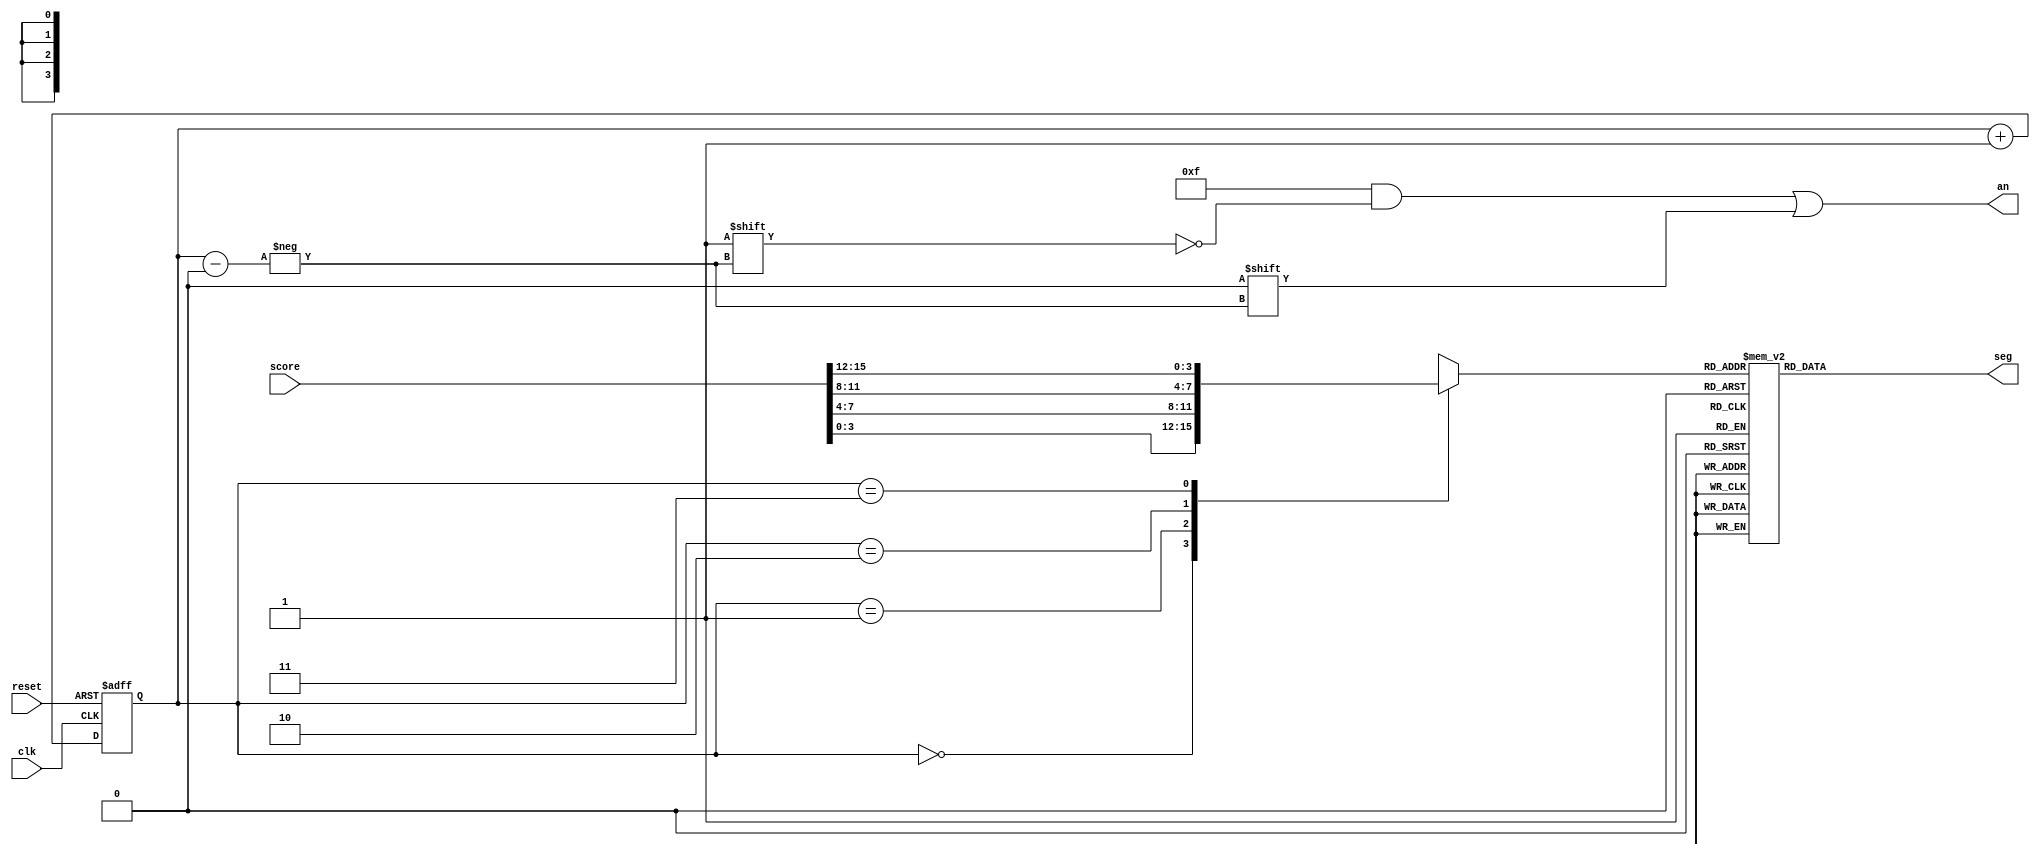
module score_display(
    input clk,
    input reset,
    input [15:0] score,
    output reg [3:0] an,
    output reg [6:0] seg
);

    reg [3:0] digit;
    reg [1:0] digit_select;

    // Multiplexing for 4-digit 7-segment display
    always @(posedge clk or posedge reset) begin
        if (reset) begin
            digit_select <= 0;
        end else begin
            digit_select <= digit_select + 1;
        end
    end

    // Select digit to display
    always @(*) begin
        case (digit_select)
            2'b00: digit = score[3:0];
            2'b01: digit = score[7:4];
            2'b10: digit = score[11:8];
            2'b11: digit = score[15:12];
            default: digit = 4'b0000;
        endcase
    end

    // 7-segment display decoder
    always @(*) begin
        case (digit)
            4'b0000: seg = 7'b1000000;
            4'b0001: seg = 7'b1111001;
            4'b0010: seg = 7'b0100100;
            4'b0011: seg = 7'b0110000;
            4'b0100: seg = 7'b0011001;
            4'b0101: seg = 7'b0010010;
            4'b0110: seg = 7'b0000010;
            4'b0111: seg = 7'b1111000;
            4'b1000: seg = 7'b0000000;
            4'b1001: seg = 7'b0010000;
            default: seg = 7'b1111111;
        endcase
    end

    // Anode control
    always @(*) begin
        an = 4'b1111;
        an[digit_select] = 0;
    end

endmodule